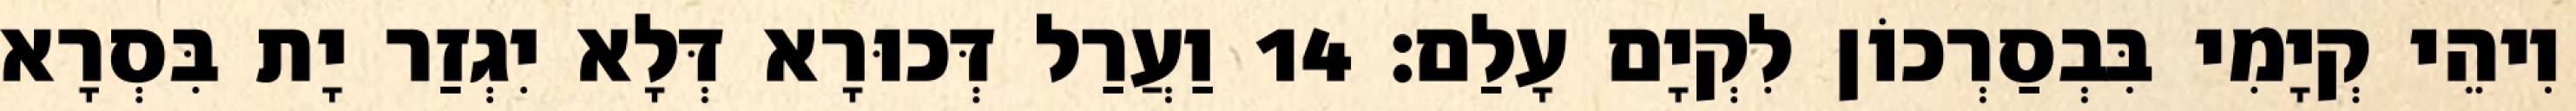
וִיהֵי קְיָמִי בִּבְסַרְכוֹן לִקְיָם עָלַם׃ 14 וַעֲרַל דְּכוּרָא דְּלָא יִגְזַר יָת בִּסְרָא